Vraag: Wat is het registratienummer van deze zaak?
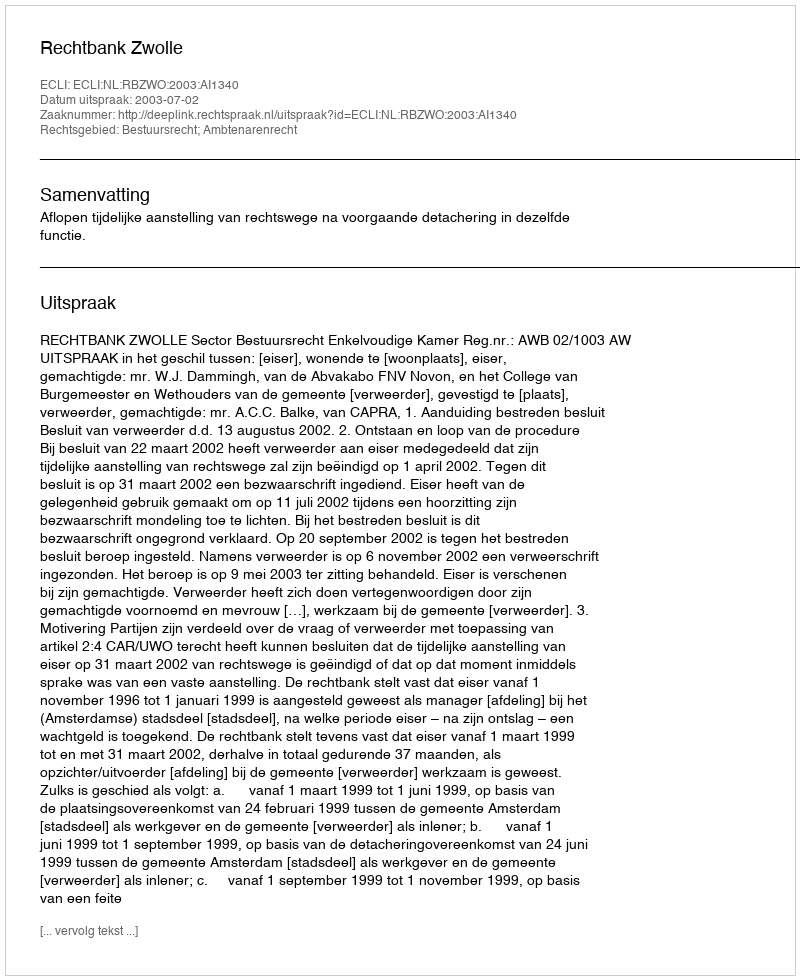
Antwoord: http://deeplink.rechtspraak.nl/uitspraak?id=ECLI:NL:RBZWO:2003:AI1340